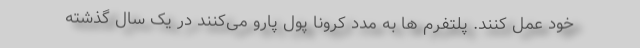
خود عمل کنند.‌ پلتفرم ها به مدد کرونا پول پارو می‌کنند در یک سال گذشته